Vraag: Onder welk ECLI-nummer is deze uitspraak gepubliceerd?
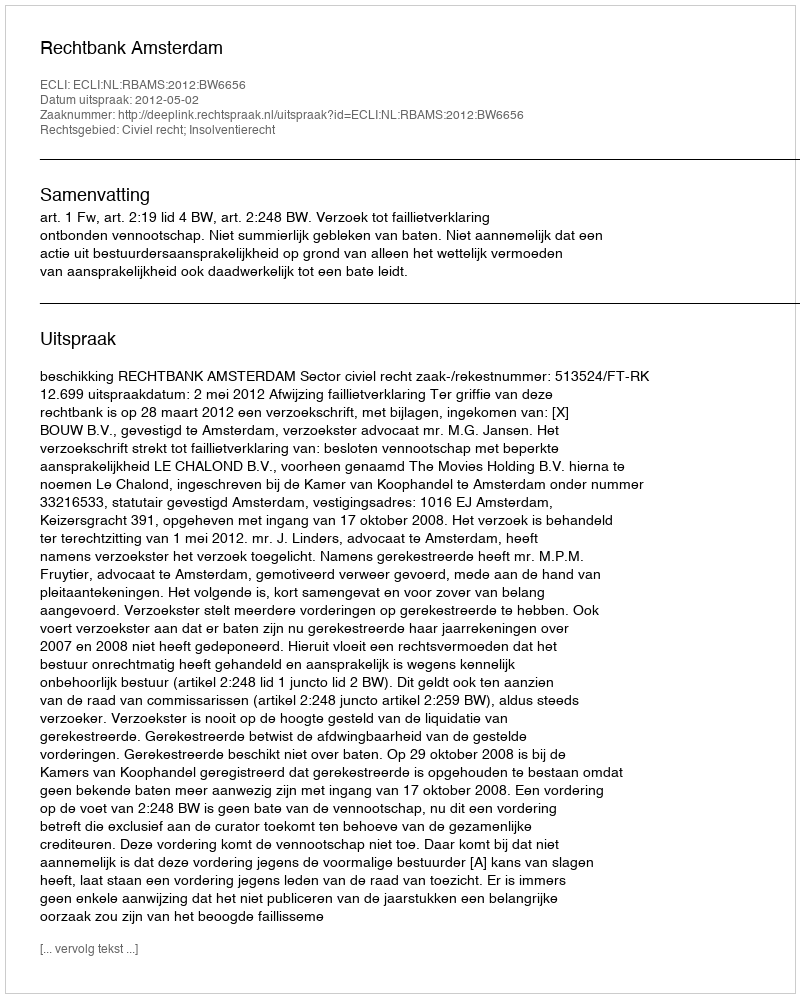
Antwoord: ECLI:NL:RBAMS:2012:BW6656